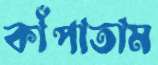
কাঁপাতাম